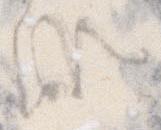
候